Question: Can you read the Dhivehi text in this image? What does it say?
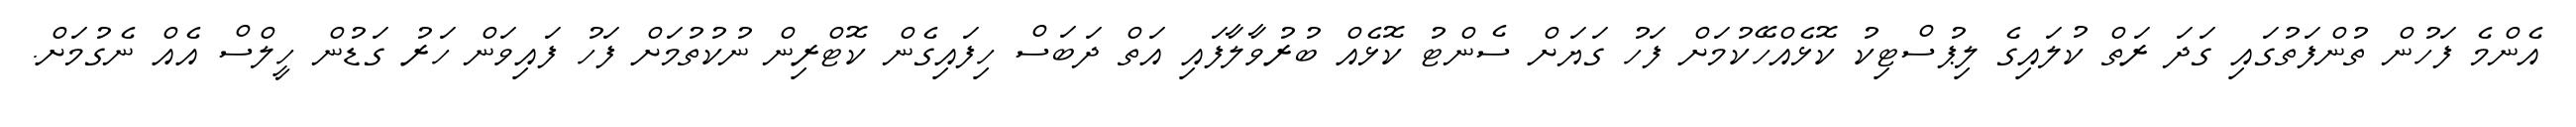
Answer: އެންމެ ފަހުން ތުންފަތުގައި ގަދަ ރަތް ކުލައިގެ ލިޕުސްޓިކު ކޮޅެއްހޭކުމަށް ފަހު ގަޔަށް ސެންޓު ކޮޅެއް ބުރުވާލާފައި އަތް ދަބަސް ހިފައިގެން ކޮޓްރިން ނުކުތުމަށް ފަހު ފައިވަން ހަރު ގަޑުން ހީލްސް އެއް ނެގުމަށް.